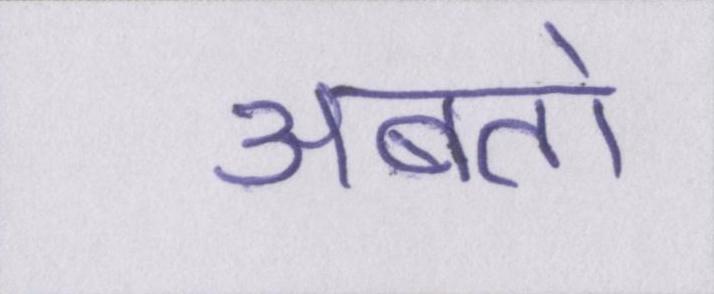
अबतो